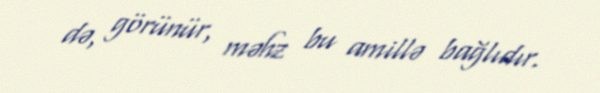
də, görünür, məhz bu amillə bağlıdır.